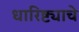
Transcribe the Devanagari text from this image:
धारिष्ट्याचे